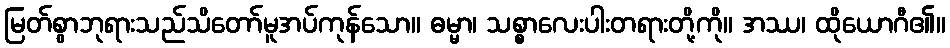
မြတ်စွာဘုရားသည်သိတော်မူအပ်ကုန်သော။ ဓမ္မာ၊ သစ္စာလေးပါးတရားတို့ကို။ အဿ၊ ထိုယောဂီ၏။